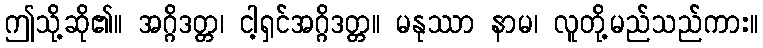
ဤသို့ဆို၏။ အဂ္ဂိဒတ္တ၊ ငါ့ရှင်အဂ္ဂိဒတ္တ။ မနုဿာ နာမ၊ လူတို့မည်သည်ကား။